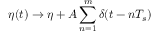
\eta ( t ) \rightarrow \eta + A \sum _ { n = 1 } ^ { m } { \delta { ( t - n T _ { s } ) } }